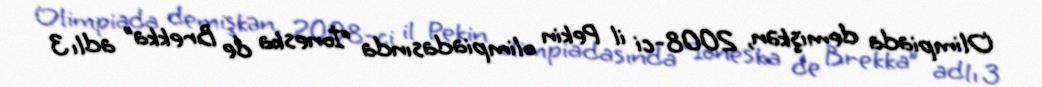
Olimpiada demişkən, 2008-ci il Pekin olimpiadasında “İoneska de Brekka” adlı 3